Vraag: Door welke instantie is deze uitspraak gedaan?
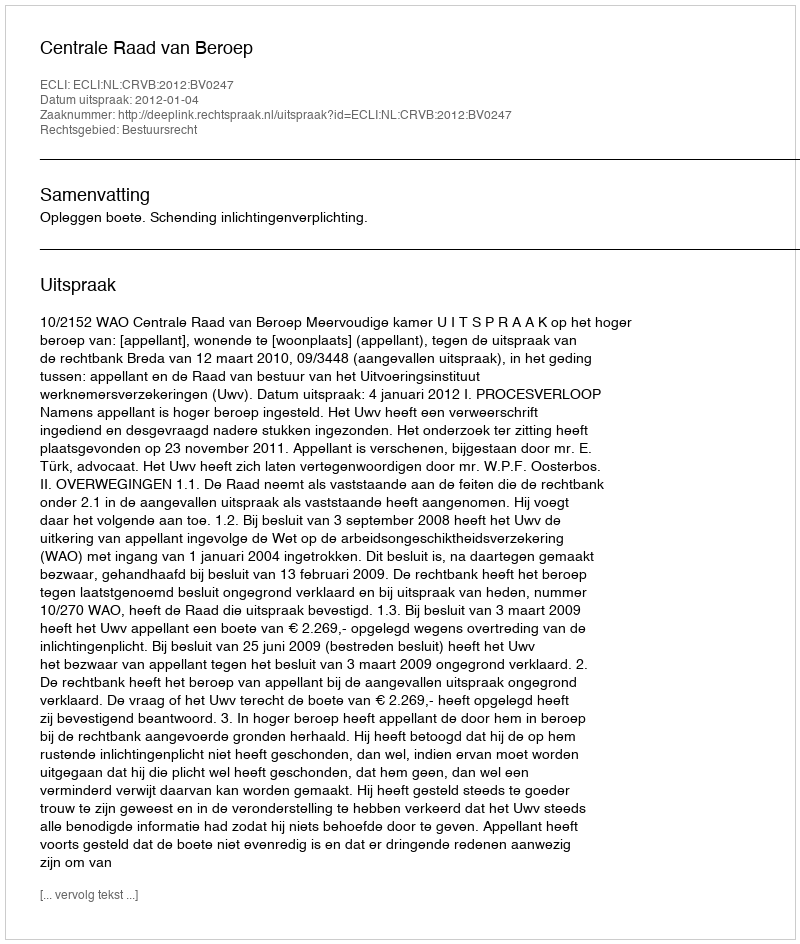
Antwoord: Centrale Raad van Beroep